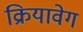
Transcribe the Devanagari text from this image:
क्रियावेग